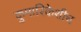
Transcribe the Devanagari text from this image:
कुमारिकेशीच